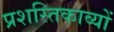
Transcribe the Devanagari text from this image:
प्रशस्तिकाव्यों